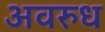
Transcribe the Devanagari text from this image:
अवरुध